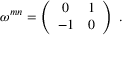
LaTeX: \omega ^ { m n } = \left( \begin{array} { c c } { { 0 } } & { { 1 } } \\ { { - 1 } } & { { 0 } } \end{array} \right) \ .